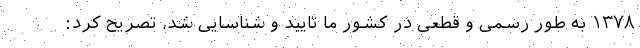
۱۳۷۸ به طور رسمی و قطعی در کشور ما تایید و شناسایی شد، تصریح کرد: